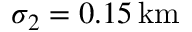
\sigma _ { 2 } = 0 . 1 5 \, \mathrm { k m }